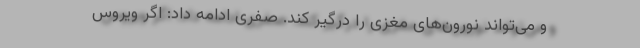
و می‌تواند نورون‌های مغزی را درگیر کند. صفری ادامه داد: اگر ویروس